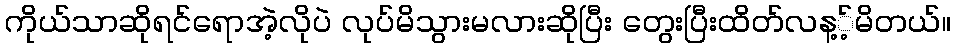
ကိုယ်သာဆိုရင်ရောအဲ့လိုပဲ လုပ်မိသွားမလားဆိုပြီး တွေးပြီးထိတ်လန့့်မိတယ်။